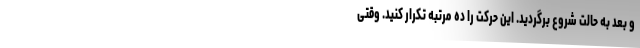
و بعد به حالت شروع برگردید. این حرکت را ده مرتبه تکرار کنید. وقتی